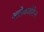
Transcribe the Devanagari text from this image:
अलेक्जोटेन